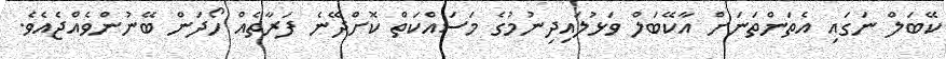
ކޭބަލް ނަގައި އެތަންތަނަށް އާކޭބަލް ވަޅުލައިދިނުމުގެ މަސައްކަތް ކޮށްދޭނެ ފަރާތެއް ހޯދަން ބޭނުންވެއްޖެއެވެ.